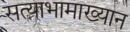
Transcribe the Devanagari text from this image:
सत्याभामाख्यान